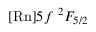
[ \mathrm { R n } ] 5 f ~ { ^ 2 F _ { 5 / 2 } }